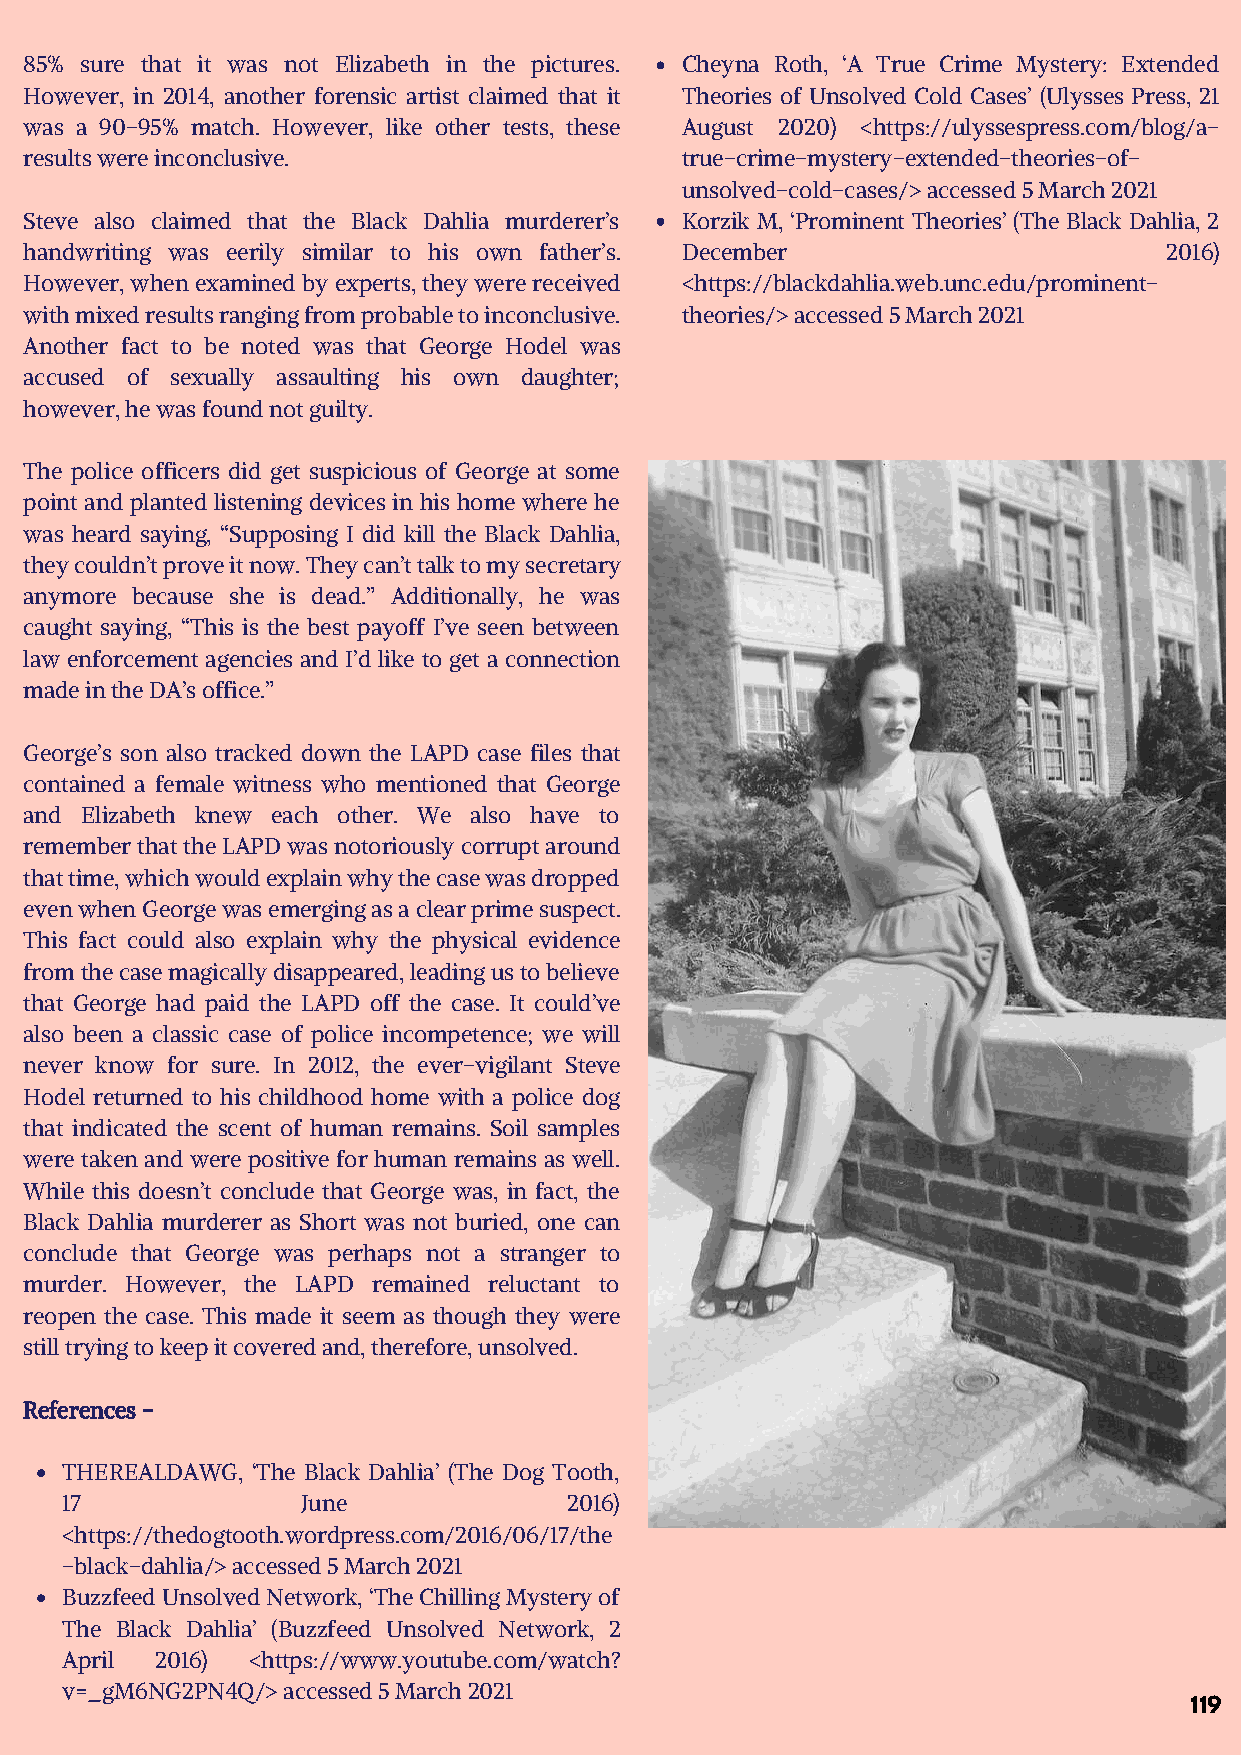
85% sure that it was not Elizabeth in the pictures. Cheyna Roth, ‘A True Crime Mystery: Extended
 However, in 2014, another forensic artist claimed that it Theories of Unsolved Cold Cases’ (Ulysses Press, 21
 was a 90-95% match. However, like other tests, these August 2020) <https://ulyssespress.com/blog/a-
 results were inconclusive.                 true-crime-mystery-extended-theories-of-
 unsolved-cold-cases/> accessed 5 March 2021
 Steve also claimed that the Black Dahlia murderer’s Korzik M, ‘Prominent Theories’ (The Black Dahlia, 2
 handwriting was eerily similar to his own father’s. December               2016)
 However, when examined by experts, they were received <https://blackdahlia.web.unc.edu/prominent-
 with mixed results ranging from probable to inconclusive. theories/> accessed 5 March 2021
 Another fact to be noted was that George Hodel was
 accused of sexually assaulting his own daughter;
 however, he was found not guilty.
 The police officers did get suspicious of George at some
 point and planted listening devices in his home where he
 was heard saying, “Supposing I did kill the Black Dahlia,
 they couldn’t prove it now. They can’t talk to my secretary
 anymore because she is dead.” Additionally, he was
 caught saying, “This is the best payoff I’ve seen between
 law enforcement agencies and I’d like to get a connection
 made in the DA’s office.”
 George’s son also tracked down the LAPD case files that
 contained a female witness who mentioned that George
 and Elizabeth knew each other. We also have to
 remember that the LAPD was notoriously corrupt around
 that time, which would explain why the case was dropped
 even when George was emerging as a clear prime suspect.
 This fact could also explain why the physical evidence
 from the case magically disappeared, leading us to believe
 that George had paid the LAPD off the case. It could’ve
 also been a classic case of police incompetence; we will
 never know for sure. In 2012, the ever-vigilant Steve
 Hodel returned to his childhood home with a police dog
 that indicated the scent of human remains. Soil samples
 were taken and were positive for human remains as well.
 While this doesn’t conclude that George was, in fact, the
 Black Dahlia murderer as Short was not buried, one can
 conclude that George was perhaps not a stranger to
 murder. However, the LAPD remained reluctant to
 reopen the case. This made it seem as though they were
 still trying to keep it covered and, therefore, unsolved.
 References -
 THEREALDAWG, ‘The Black Dahlia’ (The Dog Tooth,
 17              June              2016)
 <https://thedogtooth.wordpress.com/2016/06/17/the
 -black-dahlia/> accessed 5 March 2021
 Buzzfeed Unsolved Network, ‘The Chilling Mystery of
 The Black Dahlia’ (Buzzfeed Unsolved Network, 2
 April 2016) <https://www.youtube.com/watch?
 v=_gM6NG2PN4Q/> accessed 5 March 2021
 119